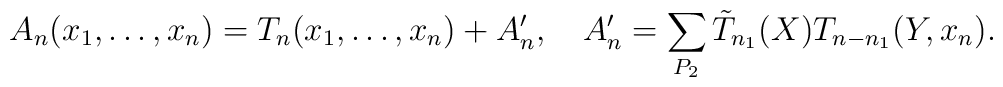
A_n(x_1,\ldots ,x_n)=T_n(x_1,\ldots ,x_n)+A'_n, \quad A'_n=\sum_{P_2} \tilde{T}_{n_1}(X)T_{n-n_1}(Y,x_n).